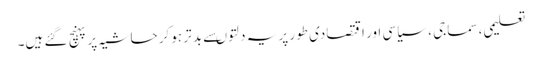
تعلیمی، سماجی ، سیاسی اور اقتصادی طور پر یہ دلتوںسے بد تر ہوکر حاشیہ پر پہنچ گئے ہیں۔